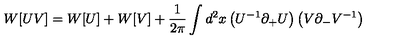
W [ U V ] = W [ U ] + W [ V ] + { \frac { 1 } { 2 \pi } } \int d ^ { 2 } x \left( U ^ { - 1 } \partial _ { + } U \right) \left( V \partial _ { - } V ^ { - 1 } \right)